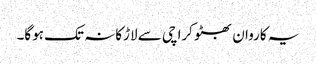
یہ کاروان بھٹو کراچی سے لاڑکانہ تک ہوگا۔